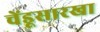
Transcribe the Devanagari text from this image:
चेंडूसारखा